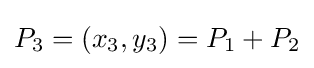
P_{3}=(x_{3},y_{3})=P_{1}+P_{2}